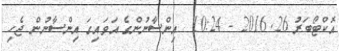
އޮކްޓޯބަރު 26